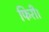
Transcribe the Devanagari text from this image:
फिरी।